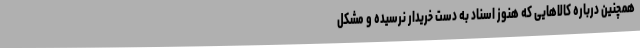
همچنین درباره کالاهایی که هنوز اسناد به دست خریدار نرسیده و مشکل